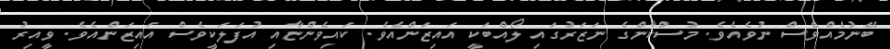
ބޭނުމެއްވެސް ނުވެއެވެ. މުސްކާންގެ ނަޒަރުގައި ލޯއްބަކީ އައިޒަންއެވެ. ކައިވެންޏާއި އުފަލަކީވެސް އައިޒަންއެވެ. ވީއިރު